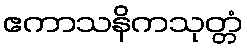
ဧကာသနိကသုတ္တံ